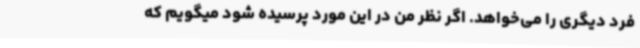
فرد دیگری را می‌خواهد. اگر نظر من در این مورد پرسیده شود میگویم که